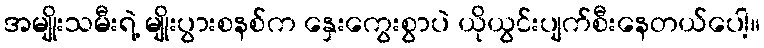
အမျိုးသမီးရဲ့ မျိုးပွားစနစ်က နှေးကွေးစွာပဲ ယိုယွင်းပျက်စီးနေတယ်ပေါ့။